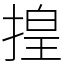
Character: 揘